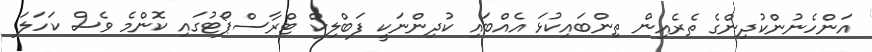
އަންހެނުންކުދިންގެ ތެރެއިން ތިންބައިކުޅަ އެއްބައި ކުދިންނަކީ ފަބްލިކް ޓްރާސްޕޯޓުގައި ކޮންމެ ވެސް ކަހަލަ